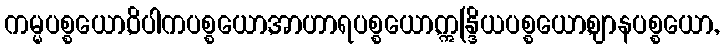
ကမ္မပစ္စယော,ဝိပါကပစ္စယော,အာဟာရပစ္စယော,ဣန္ဒြိယပစ္စယော,ဈာနပစ္စယော,